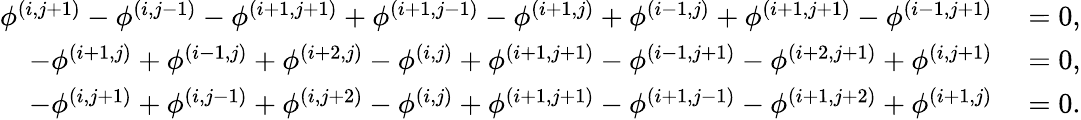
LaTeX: \begin{array}{rl}{\phi^{(i,j+1)}-\phi^{(i,j-1)}-\phi^{(i+1,j+1)}+\phi^{(i+1,j-1)}-\phi^{(i+1,j)}+\phi^{(i-1,j)}+\phi^{(i+1,j+1)}-\phi^{(i-1,j+1)}}&{{}=0,}\\ {-\phi^{(i+1,j)}+\phi^{(i-1,j)}+\phi^{(i+2,j)}-\phi^{(i,j)}+\phi^{(i+1,j+1)}-\phi^{(i-1,j+1)}-\phi^{(i+2,j+1)}+\phi^{(i,j+1)}}&{{}=0,}\\ {-\phi^{(i,j+1)}+\phi^{(i,j-1)}+\phi^{(i,j+2)}-\phi^{(i,j)}+\phi^{(i+1,j+1)}-\phi^{(i+1,j-1)}-\phi^{(i+1,j+2)}+\phi^{(i+1,j)}}&{{}=0.}\end{array}